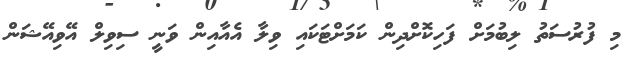
މި ފުރުސަތު ލިބުމަށް ފަހިކޮށްދިން ކަމަށްޓަކައި ވިލާ އެއާއިން ވަނީ ސިވިލް އޭވިއޭޝަން